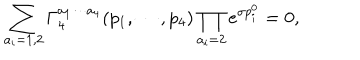
\sum _ { a _ { i } = 1 , 2 } \Gamma _ { 4 } ^ { a _ { 1 } \cdots a _ { 4 } } ( p _ { 1 } , \cdots , p _ { 4 } ) \prod _ { a _ { i } = 2 } e ^ { \sigma p _ { i } ^ { 0 } } = 0 ,